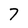
Character: 7